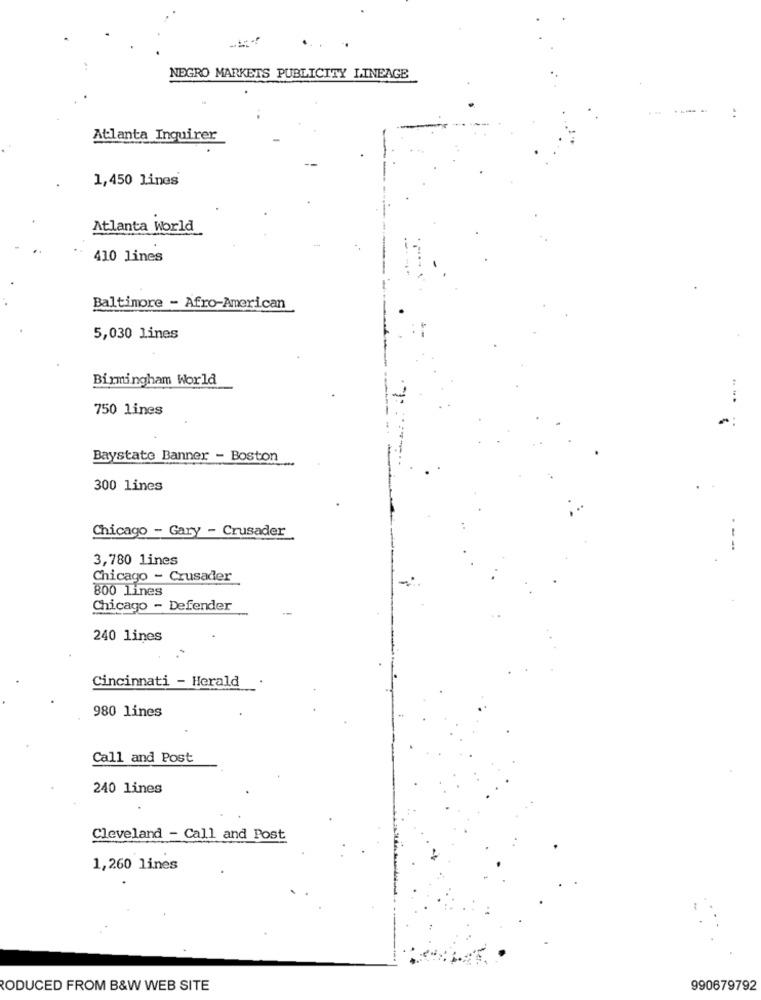
NEGRO MARKETS PUBLICITY LINEAGE
----
Atlanta Inquirer
1,450 lines
Atlanta World
410 lines
Baltimore - Afro-American
5,030 lines
Birmingham World
750 lines
Baystate Banner - Boston
300 lines
Chicago - Gary - Crusader
--
3,780 lines
Chicago - Crusader
800 lines
Chicago - Defender
240 lines
Cincinnati - Herald
980 lines
Call and Post
240 lines
Cleveland - Call and Post
1,260 lines
RODUCED FROM B&W WEB SITE
990679792